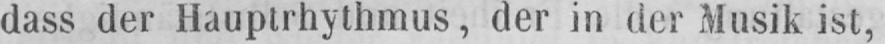
dass der Hauptrhythmus, der in der Musik ist,